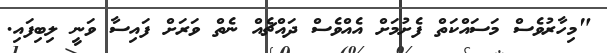
"މިހާރުވެސް މަސައްކަތް ފެށުމަށް އެއްވެސް ދައްޗެއް ނެތް ވަރަށް ފައިސާ ވަނީ ލިބިފައި.